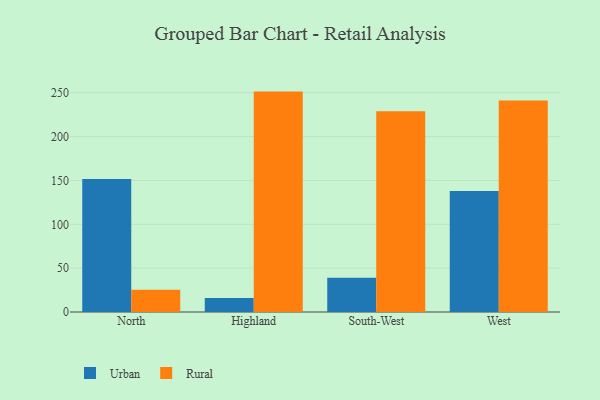
{"axis": {"x": "Region", "y": "Backlog"}, "legend": ["Rural", "Urban"], "data": [{"x": "North", "y": 151.6, "type": "Urban"}, {"x": "North", "y": 25.4, "type": "Rural"}, {"x": "Highland", "y": 16.1, "type": "Urban"}, {"x": "Highland", "y": 251.3, "type": "Rural"}, {"x": "South-West", "y": 39.1, "type": "Urban"}, {"x": "South-West", "y": 229.0, "type": "Rural"}, {"x": "West", "y": 138.1, "type": "Urban"}, {"x": "West", "y": 241.2, "type": "Rural"}]}